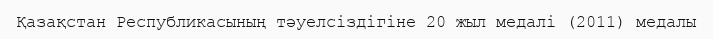
Қазақстан Республикасының тәуелсіздігіне 20 жыл медалі (2011) медалы